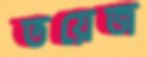
তয়েজ